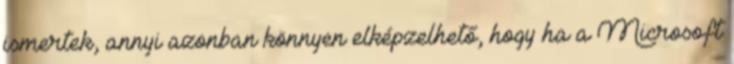
ismertek, annyi azonban könnyen elképzelhető, hogy ha a Microsoft